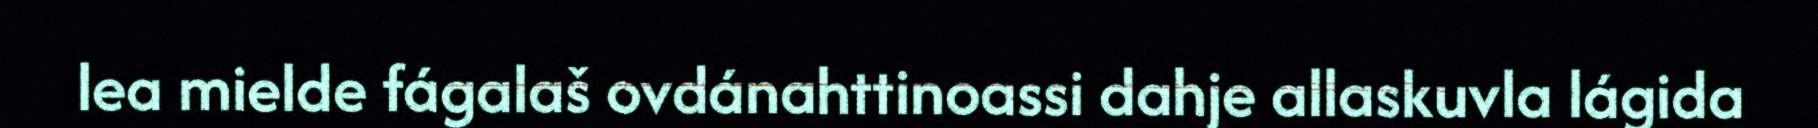
lea mielde fágalaš ovdánahttinoassi dahje allaskuvla lágida